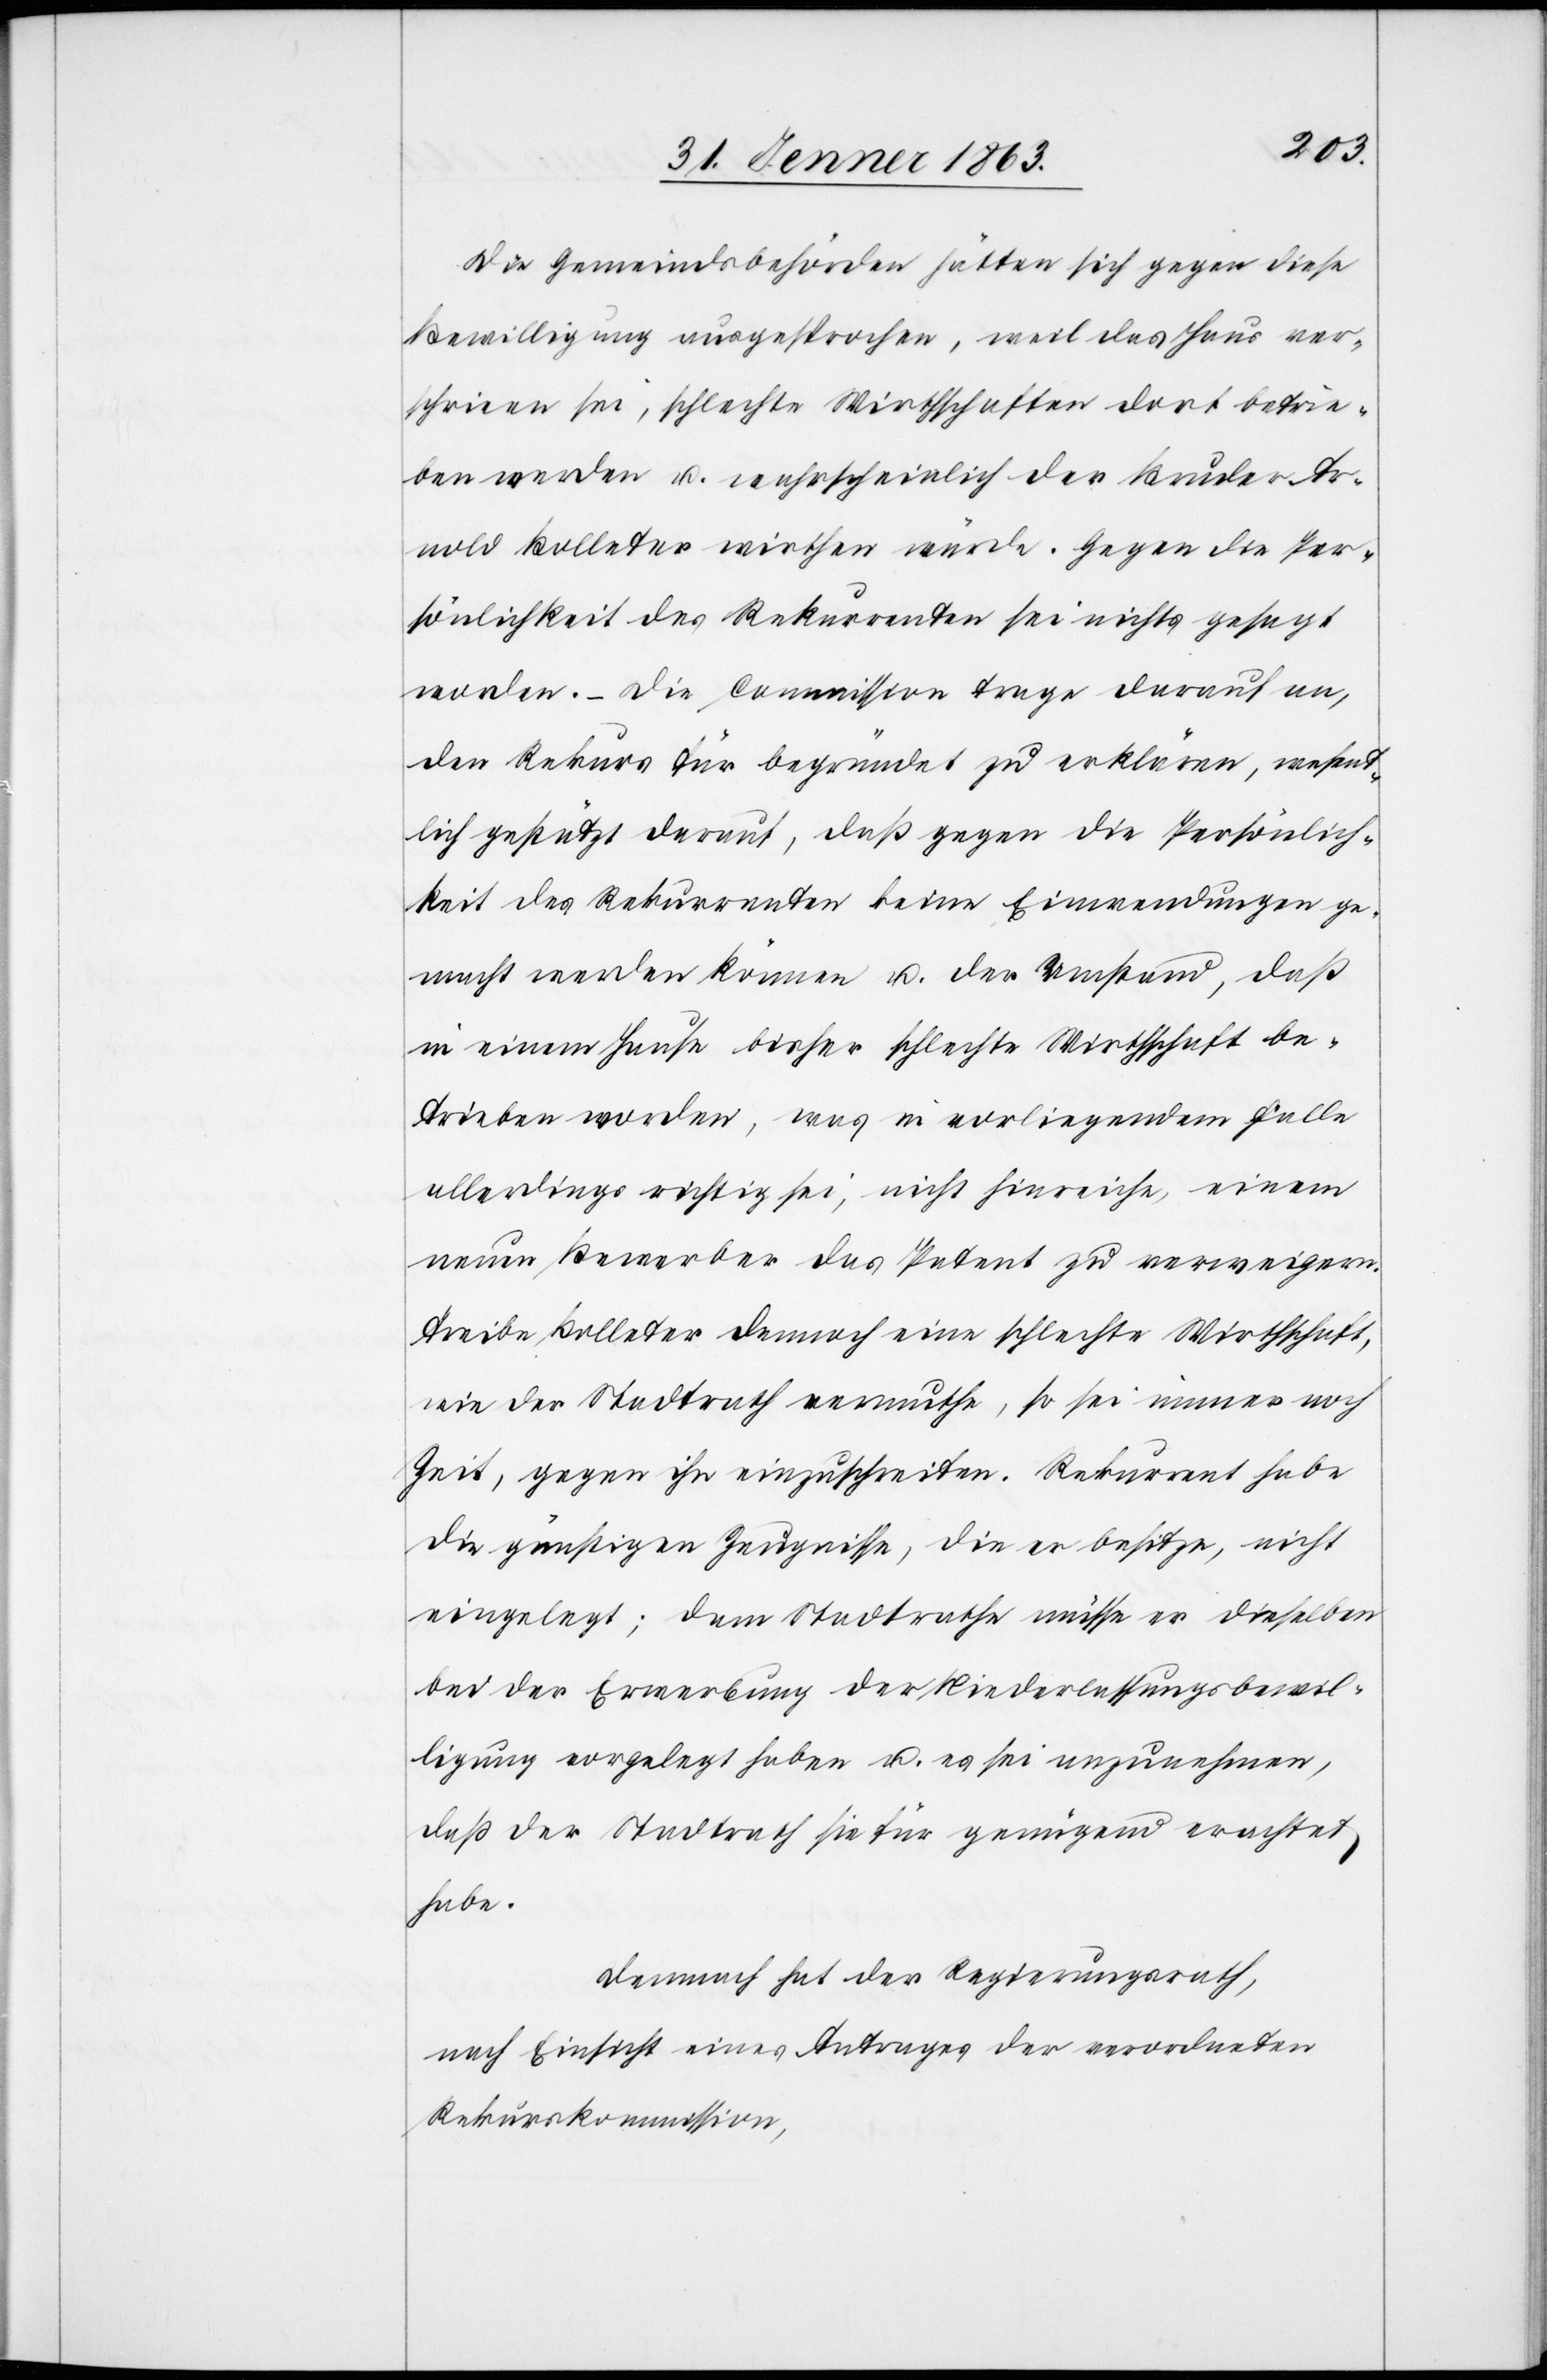
Die Gemeindsbehörden hätten sich gegen diese
Bewilligung ausgesprochen, weil das Haus ver¬
schrieen sei, schlechte Wirthschaften dort betrie¬
ben werden u. wahrscheinlich der Bruder Ar¬
nold Bolleter wirthen würde. Gegen die Per¬
sönlichkeit des Rekurrenten sei nichts gesagt
worden. – Die Commission trage darauf an,
den Rekurs für begründet zu erklären, wesent¬
lich gestützt darauf, daß gegen die Persönlich¬
keit des Rekurrenten keine Einwendungen ge¬
macht werden können u. der Umstand, daß
in einem Hause bisher schlechte Wirthschaft be¬
trieben worden, was in vorliegendem Falle
allerdings richtig sei, nicht hinreiche, einem
neuen Bewerber das Patent zu verweigern.
Treibe Bolleter dennoch eine schlechte Wirthschaft,
wie der Stadtrath vermuthe, so sei immer noch
Zeit, gegen ihn einzuschreiten. Rekurrent habe
die günstigen Zeugnisse, die er besitze, nicht
eingelegt; dem Stadtrathe müsse er dieselben
bei der Erwerbung der Niederlassungsbewil¬
ligung vorgelegt haben u. es sei anzunehmen,
daß der Stadtrath sie für genügend erachtet
habe.
Demnach hat der Regierungsrath,
nach Einsicht eines Antrages der verordneten
Rekurskommission,